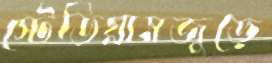
স্টেডিয়ামজুড়ে